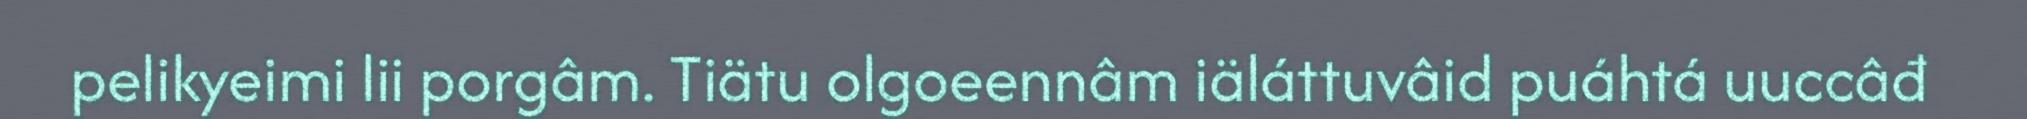
pelikyeimi lii porgâm. Tiätu olgoeennâm iäláttuvâid puáhtá uuccâđ